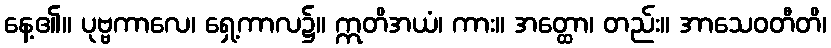
နေ့၏။ ပုဗ္ဗကာလေ၊ ရှေ့ကာလ၌။ ဣတိအယံ၊ ကား။ အတ္ထော၊ တည်း။ အာသေဝတီတိ၊